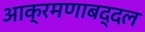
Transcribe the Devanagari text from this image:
आक्रमणाबद्दल